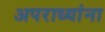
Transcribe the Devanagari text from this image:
अपराध्यांना